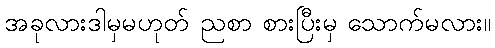
အခုလားဒါမှမဟုတ် ညစာ စားပြီးမှ သောက်မလား။